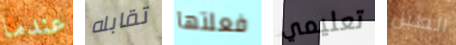
عندما تقابله فعلتها تعليمي الطبل